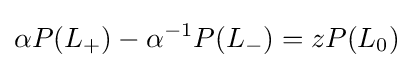
\alpha P(L_{+})-\alpha ^{-1}P(L_{-})=zP(L_{0})